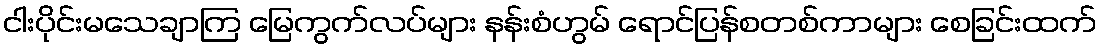
ငါးပိုင်းမသေချာကြ မြေကွက်လပ်များ နန်းစံဟွမ် ရောင်ပြန်စတစ်ကာများ စေခြင်းထက်